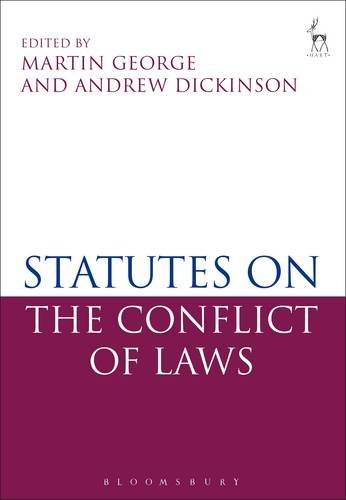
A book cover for Statutes on the Conflict of Laws; Law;